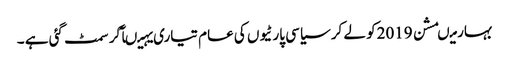
بہار میںمشن 2019کو لے کر سیاسی پارٹیوں کی عام تیاری یہیںآکر سمٹ گئی ہے ۔